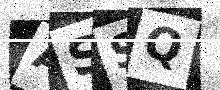
Text: ASSQ